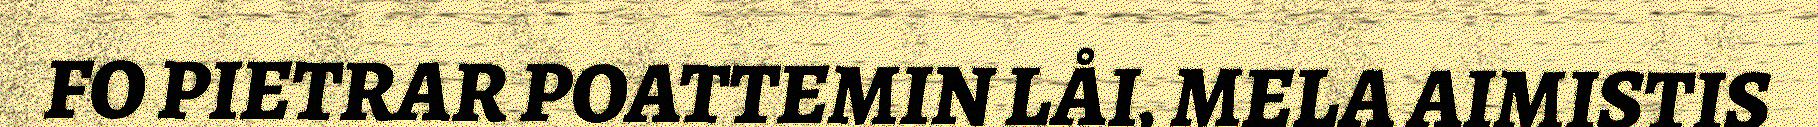
FO PIETRAR POATTEMIN LÅI, MELA AIMISTIS